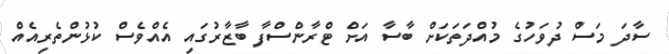
ސާދަ މަސް ދުވަހުގެ މުއްދަތަކަށް ބާސާ އަށް ޓްރާންސްފާ ބާޒާރުގައި އެއްވެސް ކުޅުންތެރިއެއް